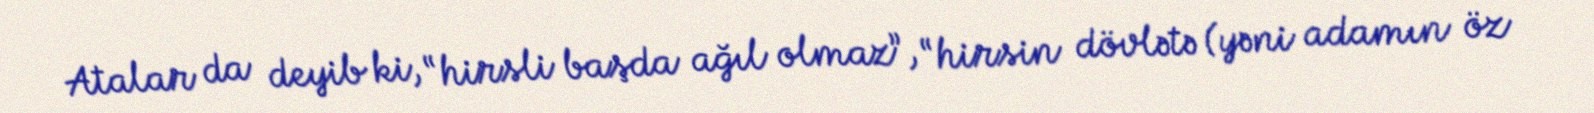
Atalar da deyib ki, “hirsli başda ağıl olmaz”, “hirsin dövlətə (yəni adamın öz